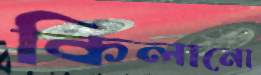
কিলানো